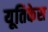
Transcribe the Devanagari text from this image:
यूतिकेस